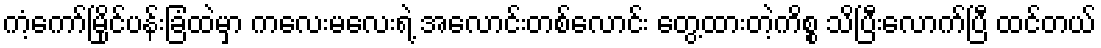
ကံ့ကော်မြိုင်ပန်းခြံထဲမှာ ကလေးမလေးရဲ့ အလောင်းတစ်လောင်း တွေ့ထားတဲ့ကိစ္စ သိပြီးလောက်ပြီ ထင်တယ်